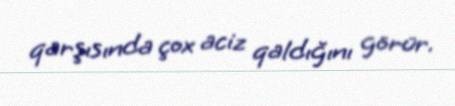
qarşısında çox aciz qaldığını görür.